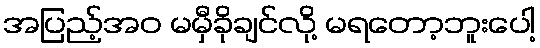
အပြည့်အဝ မမှီခိုချင်လို့ မရတော့ဘူးပေါ့